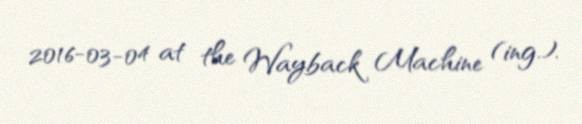
2016-03-04 at the Wayback Machine (ing.).